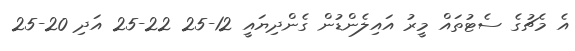
އެ މެޗުގެ ސެޓުތައް މީރު އައިލެންޑުން ގެންދިޔައީ 12-25 22-25 އަދި 20-25